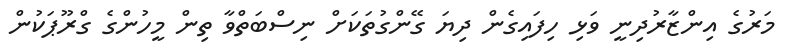
މަރުގެ އިންޒާރުދިނީ ވަޅި ހިފައިގެން ދިޔަ ގޭންގުތަކަށް ނިސްބަތްވާ ތިން މީހުންގެ ގްރޫޕަކުން